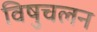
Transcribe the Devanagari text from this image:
विषुचलन